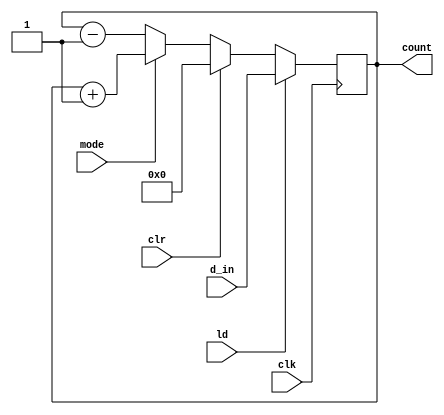
module counter_8bit(mode,clr,ld,d_in,clk,count);
input mode,clr,ld,clk;
input [0:7] d_in;
output reg [0:7] count=8'b0;

always @(posedge clk)
if(ld)
count<=d_in;
else if(clr)
count<=0;
else if(mode)
count<=count+1;
else
count<=count-1;

endmodule